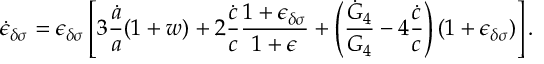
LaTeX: \dot { \epsilon } _ { \delta \sigma } = \epsilon _ { \delta \sigma } \left[ 3 { \frac { \dot { a } } { a } } ( 1 + w ) + 2 { \frac { \dot { c } } { c } } { \frac { 1 + \epsilon _ { \delta \sigma } } { 1 + \epsilon } } + \left( { \frac { \dot { G } _ { 4 } } { G _ { 4 } } } - 4 { \frac { \dot { c } } { c } } \right) ( 1 + \epsilon _ { \delta \sigma } ) \right] .